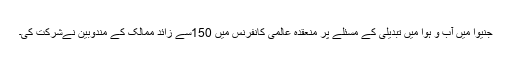
جنيوا ميں آب و ہوا ميں تبديلی کے مسئلے پر منعقدہ عالمی کانفرنس ميں 150سے زائد ممالک کے مندوبين نےشرکت کی۔